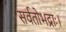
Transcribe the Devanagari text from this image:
सर्वतोभद्राः।